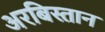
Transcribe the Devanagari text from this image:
अरबिस्तान